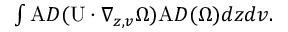
\begin{array} { r } { \int \mathrm { A } D ( \mathrm { U } \cdot \nabla _ { z , v } \Omega ) \mathrm { A } D ( \Omega ) d z d v . } \end{array}